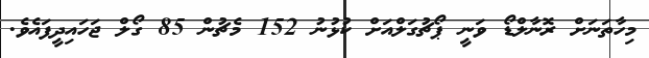
މިހާތަނަށް ރޮނާލްޑޯ ވަނީ ޕޯޗުގަލްއަށް ކުޅުނު 152 މެޗުން 85 ގޯލް ޖަހައިދީފައެވެ.